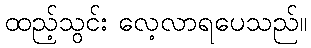
ထည့်သွင်း လေ့လာရပေသည်။